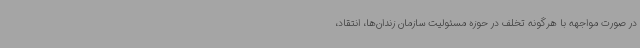
در صورت مواجهه با هرگونه تخلف در حوزه مسئولیت سازمان زندان‌ها، انتقاد،